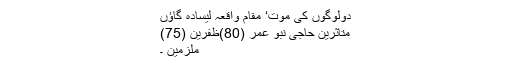
دولوگوں کی موت‘ مقام واقعہ لیسادہ گاؤں
متاثرین حاجی نبو عمر (80)ظفرین (75)
ملزمین ۔